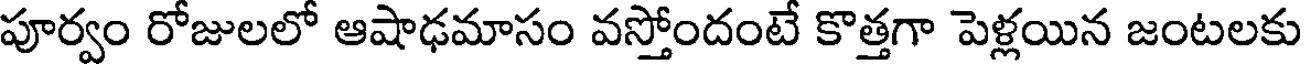
పూర్వం రోజులలో ఆషాఢమాసం వస్తోందంటే కొత్తగా పెళ్లయిన జంటలకు